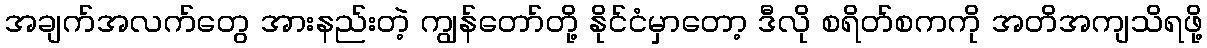
အချက်အလက်တွေ အားနည်းတဲ့ ကျွန်တော်တို့ နိုင်ငံမှာတော့ ဒီလို စရိတ်စကကို အတိအကျသိရဖို့